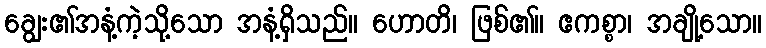
ချွေး၏အနံ့ကဲ့သို့သော အနံ့ရှိသည်။ ဟောတိ၊ ဖြစ်၏။ ဧကစ္စာ၊ အချို့သော။